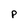
Character: p